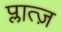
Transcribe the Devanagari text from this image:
प्लात्ज़